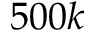
5 0 0 k